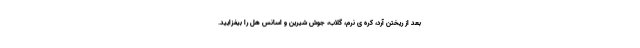
بعد از ریختن آرد، کره ی نرم، گلاب، جوش شیرین و اسانس هل را بیفزایید.